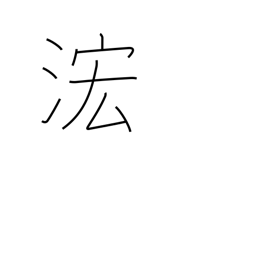
Meaning: rising waters